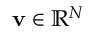
\mathbf { v } \in \mathbb { R } ^ { N }